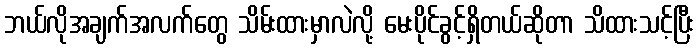
ဘယ်လိုအချက်အလက်တွေ သိမ်းထားမှာလဲလို့ မေးပိုင်ခွင့်ရှိတယ်ဆိုတာ သိထားသင့်ပြီး